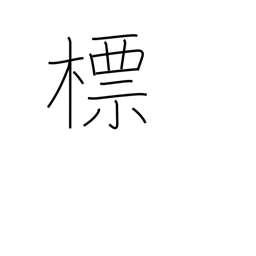
Meaning: emblem